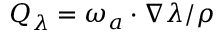
Q _ { \lambda } = \boldsymbol { \omega } _ { a } \cdot \nabla \lambda / \rho